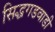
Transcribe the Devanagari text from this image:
सिद्धगडवाडी